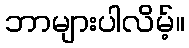
ဘာများပါလိမ့်။